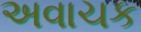
અવાચક